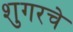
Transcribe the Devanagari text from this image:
शुगरचे